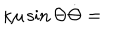
\kappa \mu \sin \Theta \dot { \Theta } =